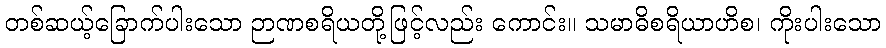
တစ်ဆယ့်ခြောက်ပါးသော ဉာဏစရိယတို့ဖြင့်လည်း ကောင်း။ သမာဓိစရိယာဟိစ၊ ကိုးပါးသော